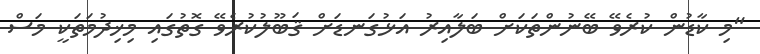
"މި ކާޑުން ކުރެވޭ ބޭނުންތަކަށް ބަލާއިރު އަޅުގަނޑަށް ޤަބޫލުކުރެވޭ ގޮތުގައި މިޚިދުމަތަކީ މަސް